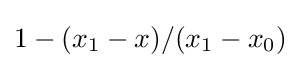
{\textstyle 1-(x_{1}-x)/(x_{1}-x_{0})}